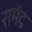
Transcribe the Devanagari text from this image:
रामेंद्र